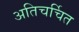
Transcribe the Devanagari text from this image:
अतिचर्चित